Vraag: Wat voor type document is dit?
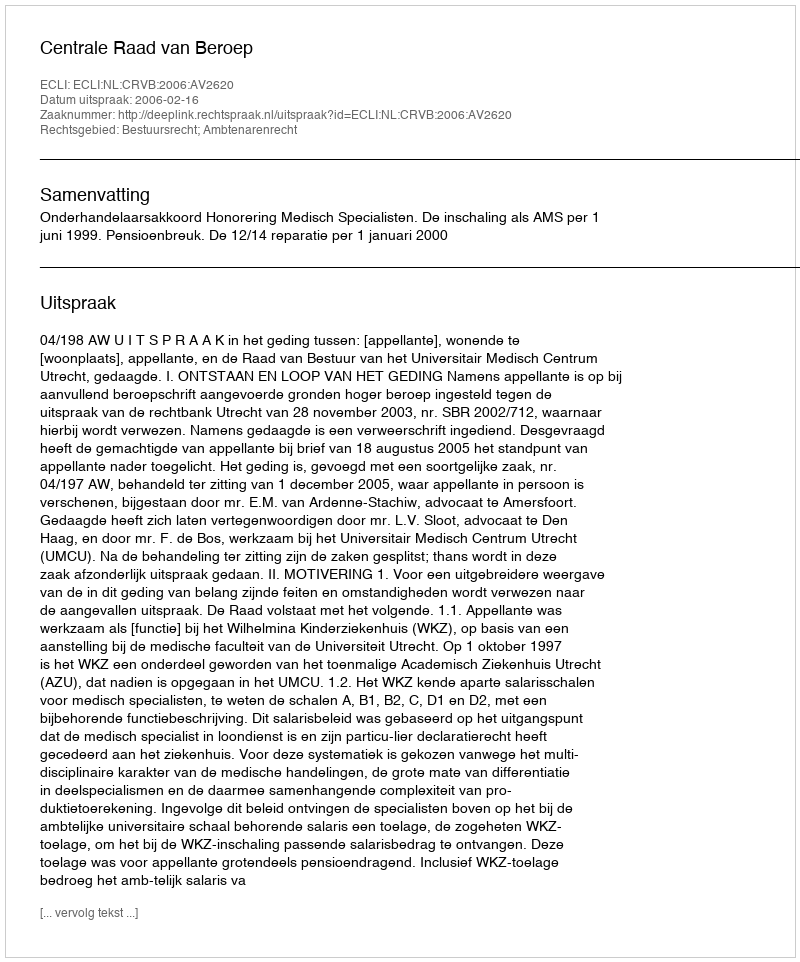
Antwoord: Uitspraak